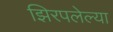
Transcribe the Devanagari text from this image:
झिरपलेल्या